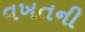
વખતની